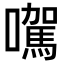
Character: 𡃉